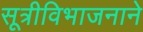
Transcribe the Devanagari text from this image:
सूत्रीविभाजनाने